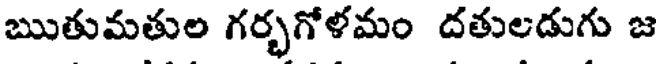
ఋతుమతుల గర్భగోళమం దతులడుగు జ